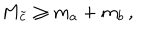
M _ { \tilde { c } } \geq m _ { a } + m _ { b } \, ,